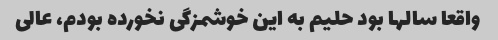
واقعا سالها بود حلیم به این خوشمزگی نخورده بودم، عالی